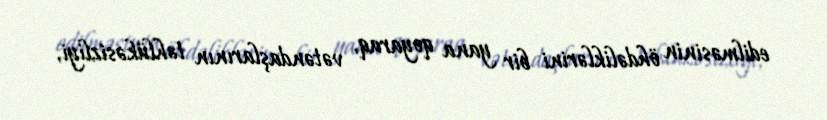
edilməsinin öhdəliklərini bir yana qoyaraq, vətəndaşlarının təhlükəsizliyi,